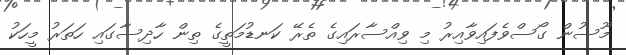
މޫސުން ގޯސްވެފައިވާއިރު މި ވިއްސާރައިގެ ތެރޭ ކަނޑުމަތީގެ ތިން ހާދިސާގައި ހަތަރު މީހަކު